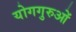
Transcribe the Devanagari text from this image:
योगगुरुओं